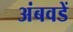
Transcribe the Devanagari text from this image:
अंबवडें